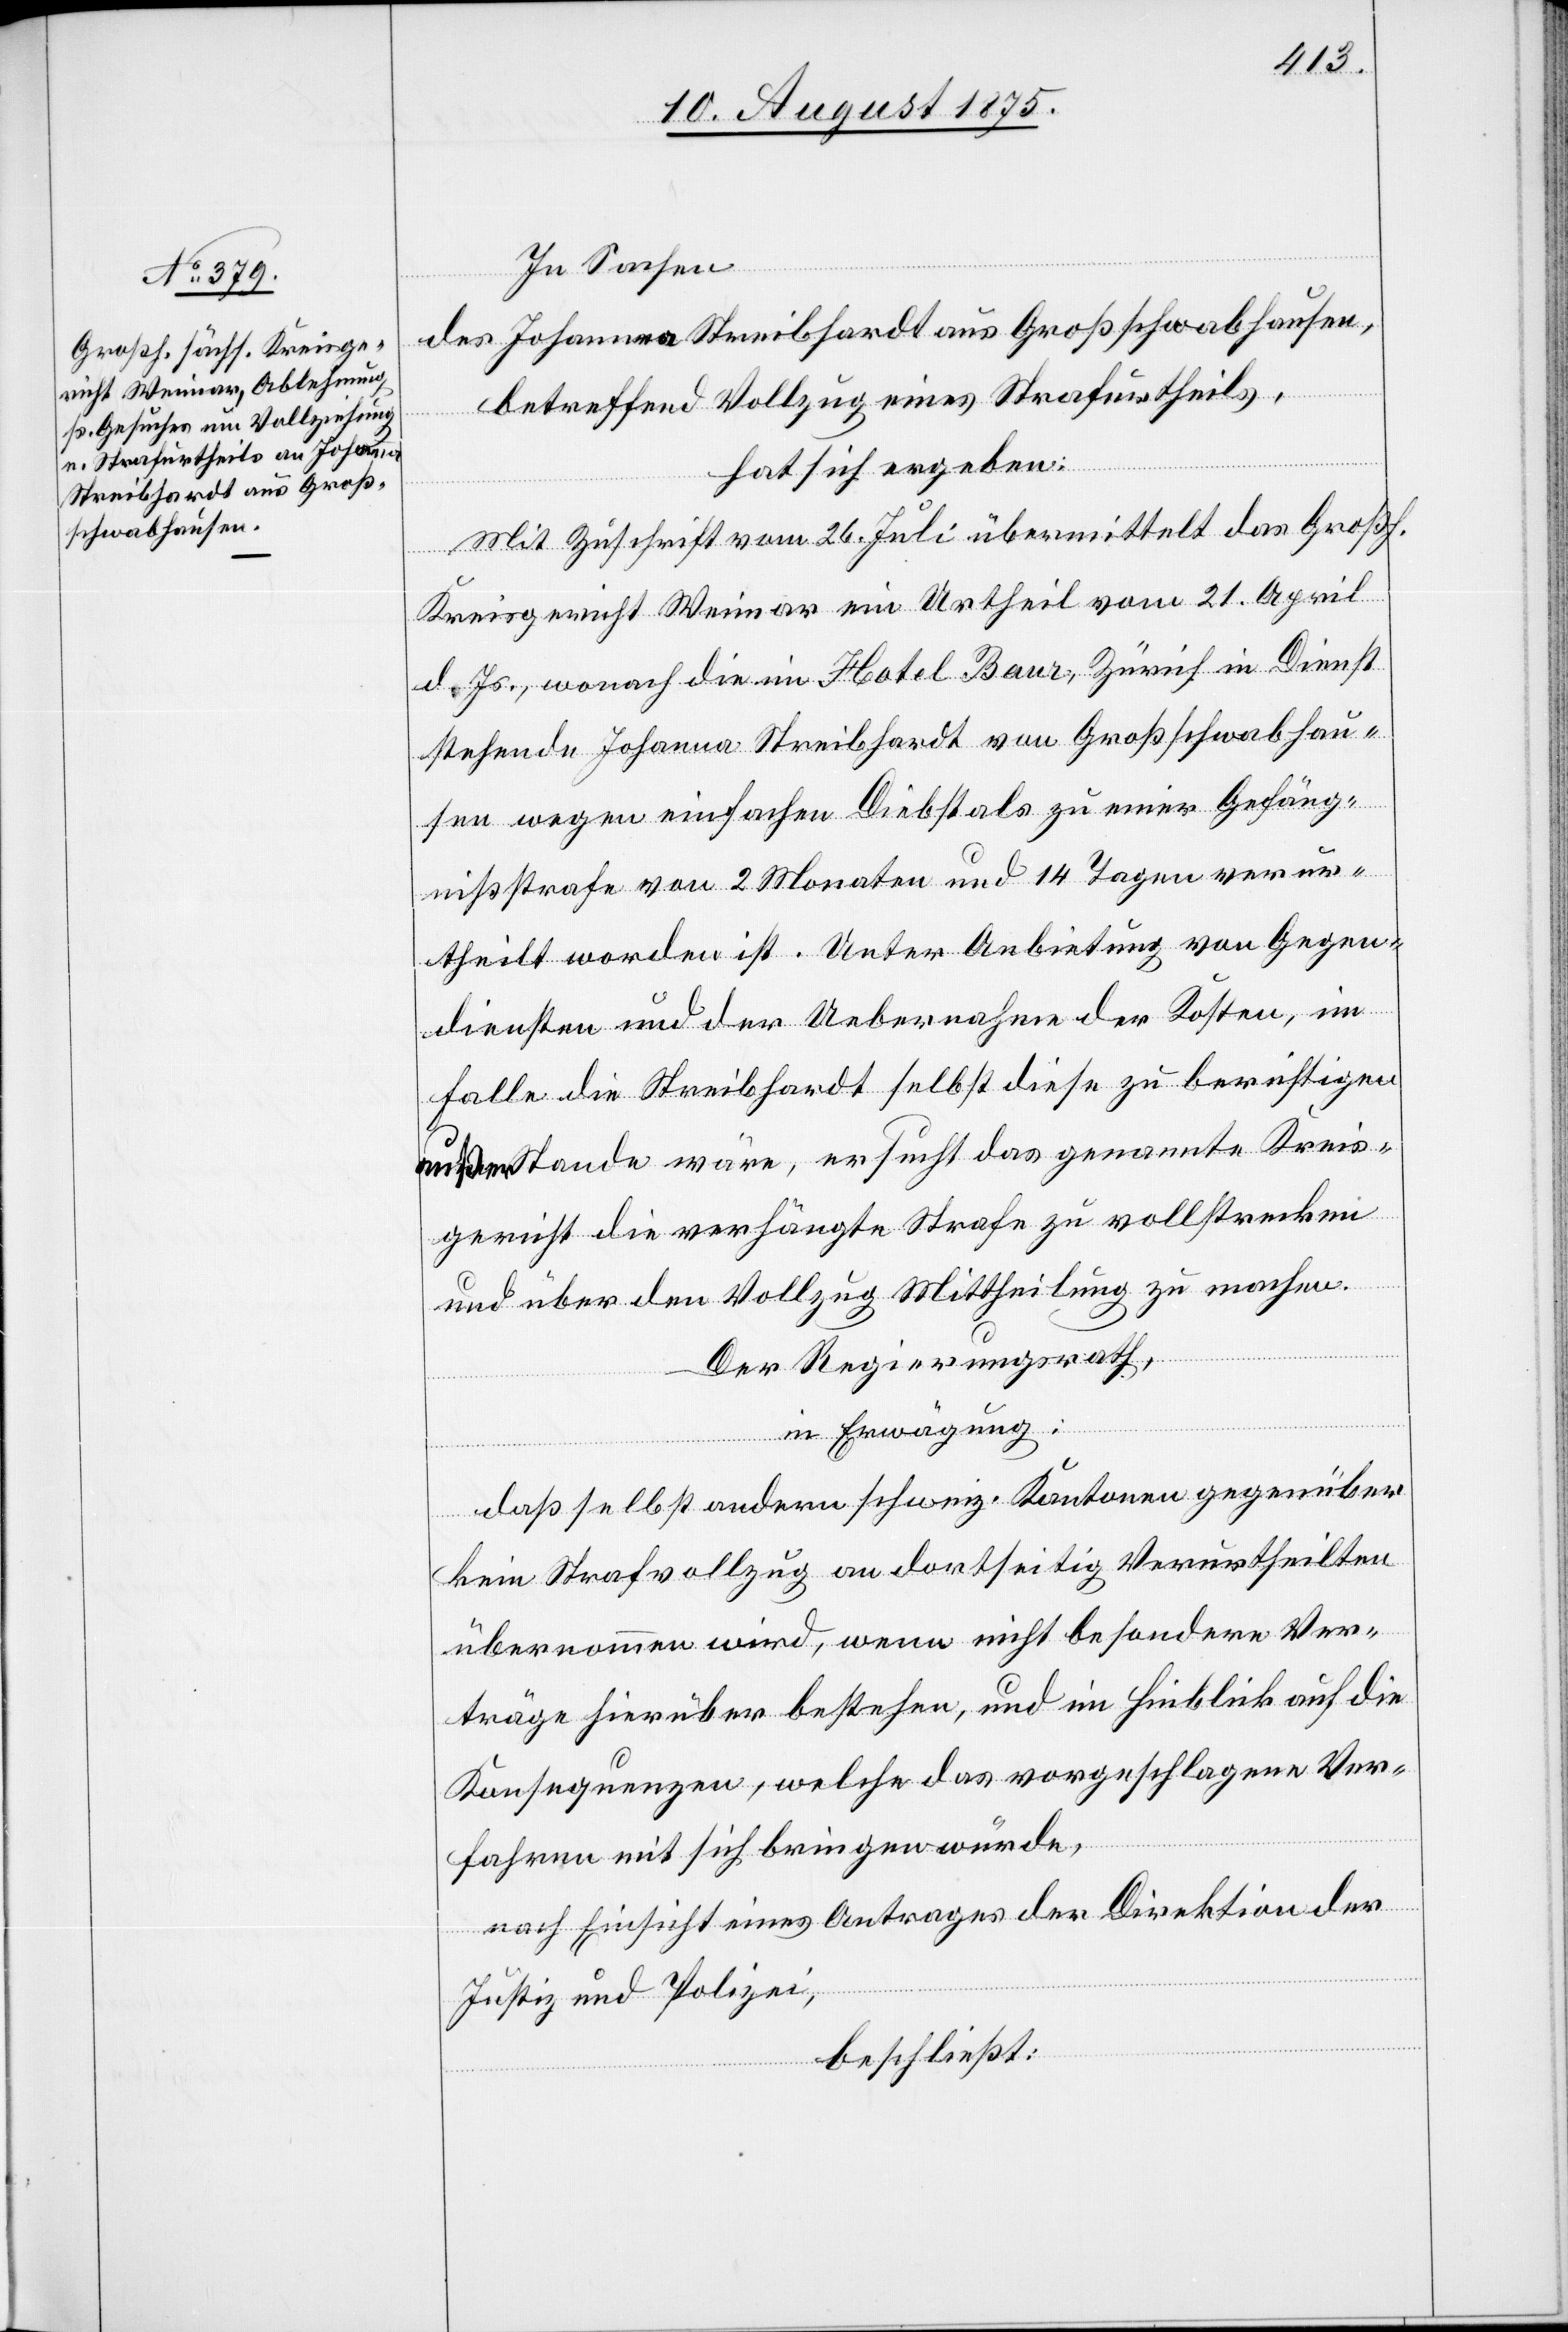
In Sachen
des Johanna Streibhardt aus Großschwabhausen,
betreffend Vollzug eines Strafurtheils,
hat sich ergeben:
Mit Zuschrift vom 26. Juli übermittelt das Großh.
Kreisgericht Weimar ein Urtheil vom 21. April
d. Js., wonach die im Hotel Baur, Zürich in Dienst
stehende Johanna Streibhardt von Großschwabhau¬
sen wegen einfachen Diebstals zu einer Gefäng¬
nißstrafe von 2 Monaten und 14 Tagen verur¬
theilt worden ist. Unter Anbietung von Gegen¬
diensten und der Uebernahme der Kosten, im
Falle die Streibhardt selbst diese zu berichtigen
außer Stande wäre, ersucht das genannte Kreis¬
gericht die verhängte Strafe zu vollstrecken
und über den Vollzug Mittheilung zu machen.
Der Regierungsrath,
in Erwägung:
daß selbst andern schweiz. Kantonen gegenüber
kein Strafvollzug an dortseitig Verurtheilten
übernommen wird, wenn nicht besondere Ver¬
träge hierüber bestehen, und in Hinblick auf die
Konsequenzen, welche das vorgeschlagene Ver¬
fahren mit sich bringen würde,
nach Einsicht eines Antrages der Direktion der
Justiz und Polizei,
beschließt: